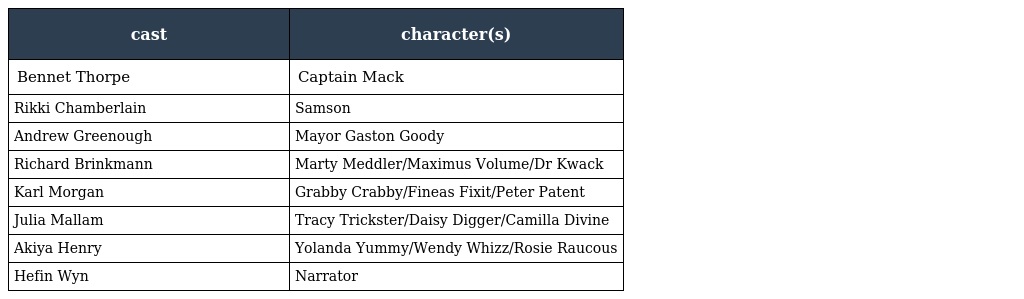
| cast | character(s) |
 | --- | --- |
 | Bennet Thorpe | Captain Mack |
 | Rikki Chamberlain | Samson |
 | Andrew Greenough | Mayor Gaston Goody |
 | Richard Brinkmann | Marty Meddler/Maximus Volume/Dr Kwack |
 | Karl Morgan | Grabby Crabby/Fineas Fixit/Peter Patent |
 | Julia Mallam | Tracy Trickster/Daisy Digger/Camilla Divine |
 | Akiya Henry | Yolanda Yummy/Wendy Whizz/Rosie Raucous |
 | Hefin Wyn | Narrator |